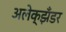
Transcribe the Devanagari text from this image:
अलेक्झँडर